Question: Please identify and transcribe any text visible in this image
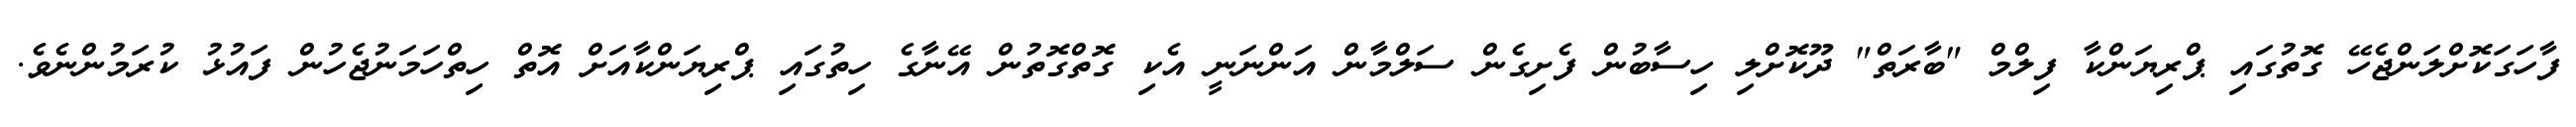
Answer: ފާހަގަކޮށްލަންޖެހޭ ގޮތުގައި ޕްރިޔަންކާ ފިލްމް "ބާރަތް" ދޫކޮށްލި ހިސާބުން ފެށިގެން ސަލްމާން އަންނަނީ އެކި ގޮތްގޮތުން އޭނާގެ ހިތުގައި ޕްރިޔަންކާއަށް އޮތް ހިތްހަމަނުޖެހުން ފައުޅު ކުރަމުންނެވެ.